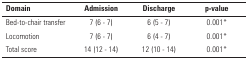
| Domain | Admission | Discharge | p-value |
 | --- | --- | --- | --- |
 | Bed-to-chair transfer | 7 (6 - 7) | 6 (5 - 7) | 0.001* |
 | Locomotion | 7 (6 - 7) | 6 (4 - 7) | 0.001* |
 | Total score | 14 (12 - 14) | 12 (10 - 14) | 0.001* |